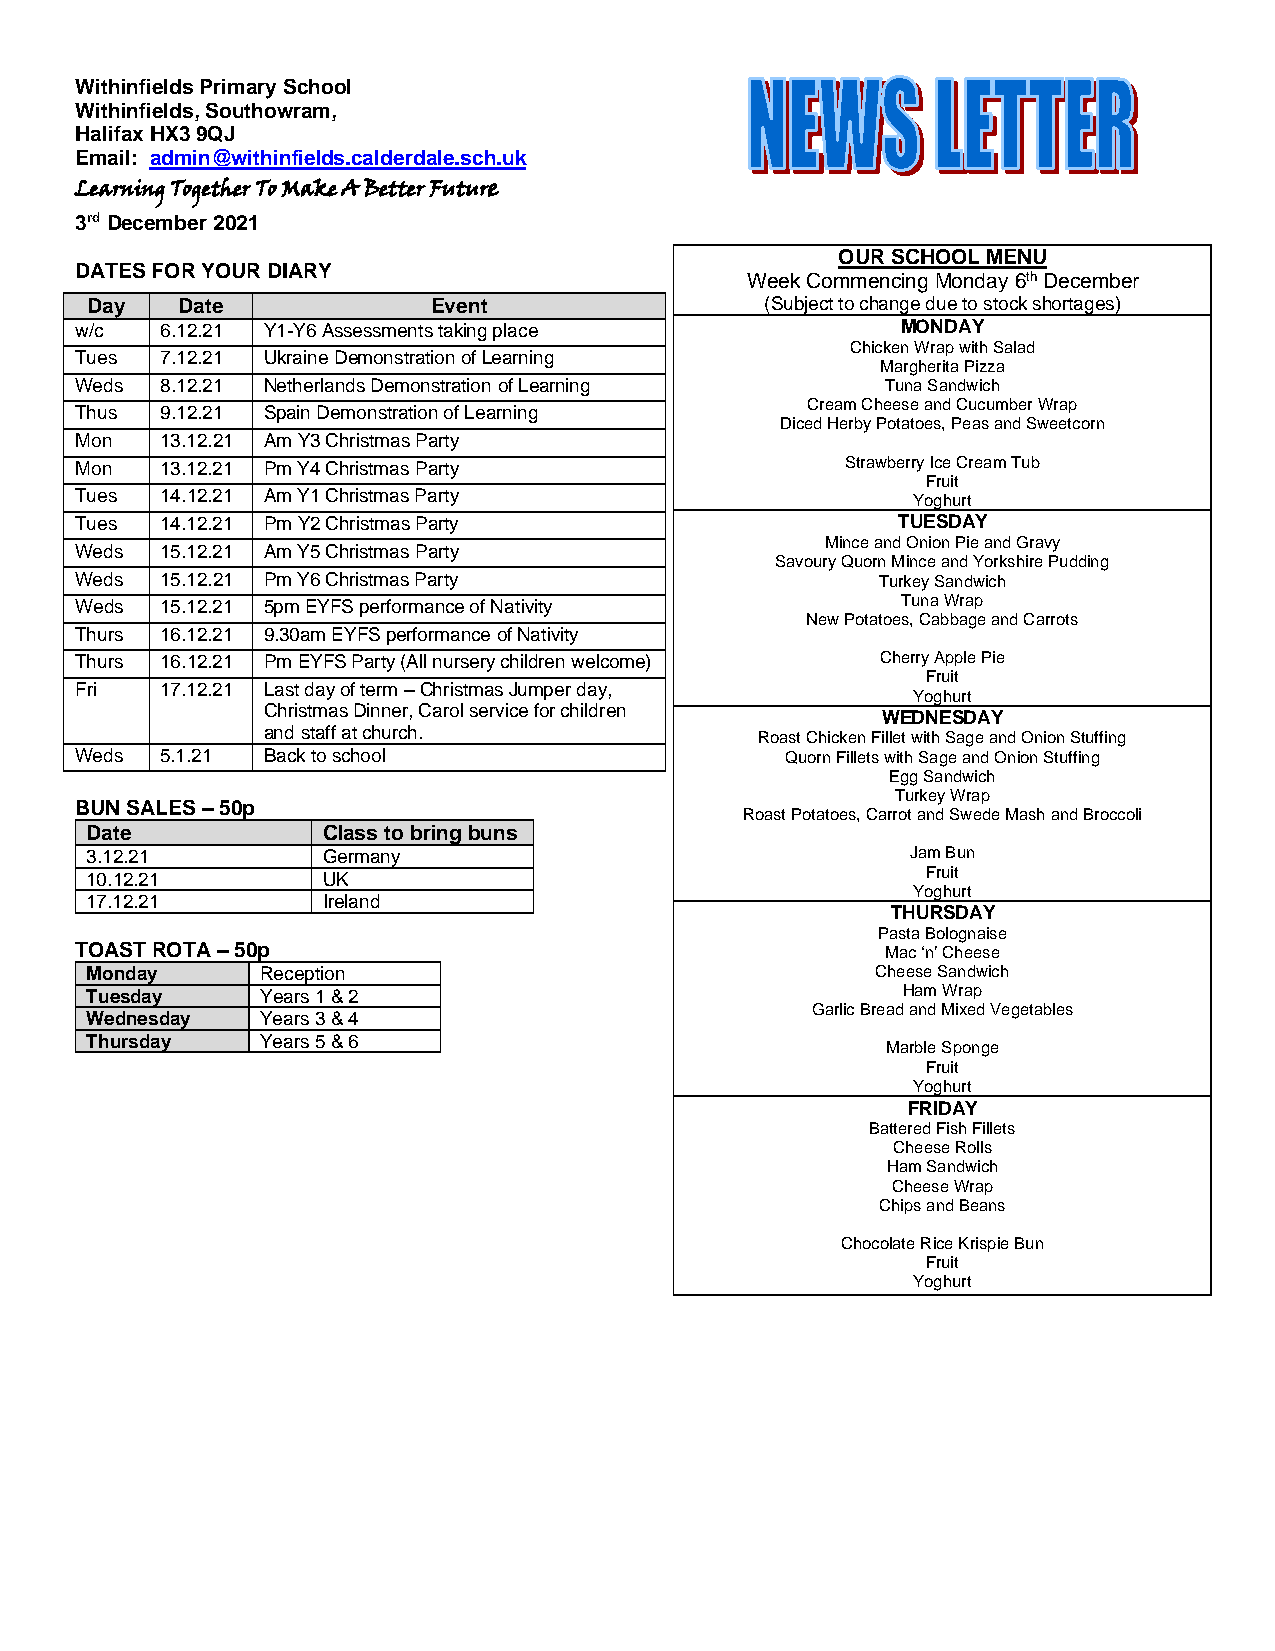
Withinfields Primary School
 Withinfields, Southowram,
 Halifax HX3 9QJ
 Email: admin@withinfields.calderdale.sch.uk
 Learning Together To Make A Better Future
 3rd December 2021
 OUR SCHOOL MENU
 DATES FOR YOUR DIARY
 Week Commencing Monday 6th December
 Day   Date             Event                 (Subject to change due to stock shortages)
 w/c   6.12.21 Y1-Y6 Assessments taking place           MONDAY
 Chicken Wrap with Salad
 Tues  7.12.21 Ukraine Demonstration of Learning
 Margherita Pizza
 Weds  8.12.21 Netherlands Demonstration of Learning   Tuna Sandwich
 Cream Cheese and Cucumber Wrap
 Thus  9.12.21 Spain Demonstration of Learning
 Diced Herby Potatoes, Peas and Sweetcorn
 Mon   13.12.21 Am Y3 Christmas Party
 Mon   13.12.21 Pm Y4 Christmas Party               Strawberry Ice Cream Tub
 Fruit
 Tues  14.12.21 Am Y1 Christmas Party                   Yoghurt
 Tues  14.12.21 Pm Y2 Christmas Party                  TUESDAY
 Mince and Onion Pie and Gravy
 Weds  15.12.21 Am Y5 Christmas Party
 Savoury Quorn Mince and Yorkshire Pudding
 Weds  15.12.21 Pm Y6 Christmas Party                 Turkey Sandwich
 Weds  15.12.21 5pm EYFS performance of Nativity        Tuna Wrap
 New Potatoes, Cabbage and Carrots
 Thurs 16.12.21 9.30am EYFS performance of Nativity
 Thurs 16.12.21 Pm EYFS Party (All nursery children welcome) Cherry Apple Pie
 Fruit
 Fri   17.12.21 Last day of term – Christmas Jumper day,
 Yoghurt
 Christmas Dinner, Carol service for children
 WEDNESDAY
 and staff at church.             Roast Chicken Fillet with Sage and Onion Stuffing
 Weds  5.1.21 Back to school                    Quorn Fillets with Sage and Onion Stuffing
 Egg Sandwich
 Turkey Wrap
 BUN SALES – 50p
 Roast Potatoes, Carrot and Swede Mash and Broccoli
 Date           Class to bring buns
 3.12.21        Germany                                Jam Bun
 10.12.21       UK                                      Fruit
 Yoghurt
 17.12.21       Ireland
 THURSDAY
 Pasta Bolognaise
 TOAST ROTA – 50p                                      Mac ‘n’ Cheese
 Monday     Reception                                Cheese Sandwich
 Tuesday    Years 1 & 2                                Ham Wrap
 Garlic Bread and Mixed Vegetables
 Wednesday  Years 3 & 4
 Thursday   Years 5 & 6
 Marble Sponge
 Fruit
 Yoghurt
 FRIDAY
 Battered Fish Fillets
 Cheese Rolls
 Ham Sandwich
 Cheese Wrap
 Chips and Beans
 Chocolate Rice Krispie Bun
 Fruit
 Yoghurt